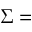
\Sigma =